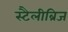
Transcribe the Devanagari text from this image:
स्टैलीब्रिज